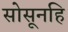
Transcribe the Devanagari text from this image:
सोसूनहि